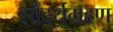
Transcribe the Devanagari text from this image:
सौंदर्यग्रहण